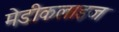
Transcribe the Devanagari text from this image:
मेडीकलाइज